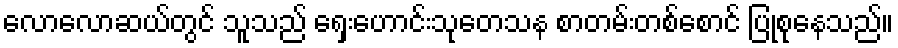
လောလောဆယ်တွင် သူသည် ရှေးဟောင်းသုတေသန စာတမ်းတစ်စောင် ပြုစုနေသည်။